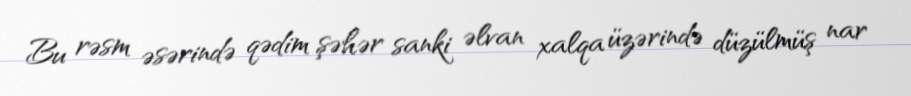
Bu rəsm əsərində qədim şəhər sanki əlvan xalqa üzərində düzülmüş nar